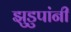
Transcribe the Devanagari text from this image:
झुडुपांनी